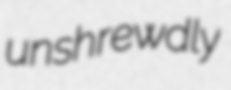
unshrewdly